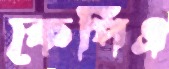
কেপিএ